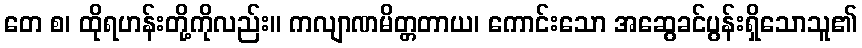
တေ စ၊ ထိုရဟန်းတို့ကိုလည်း။ ကလျာဏမိတ္တတာယ၊ ကောင်းသော အဆွေခင်ပွန်းရှိသောသူ၏